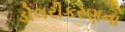
ડોલરીકરણના